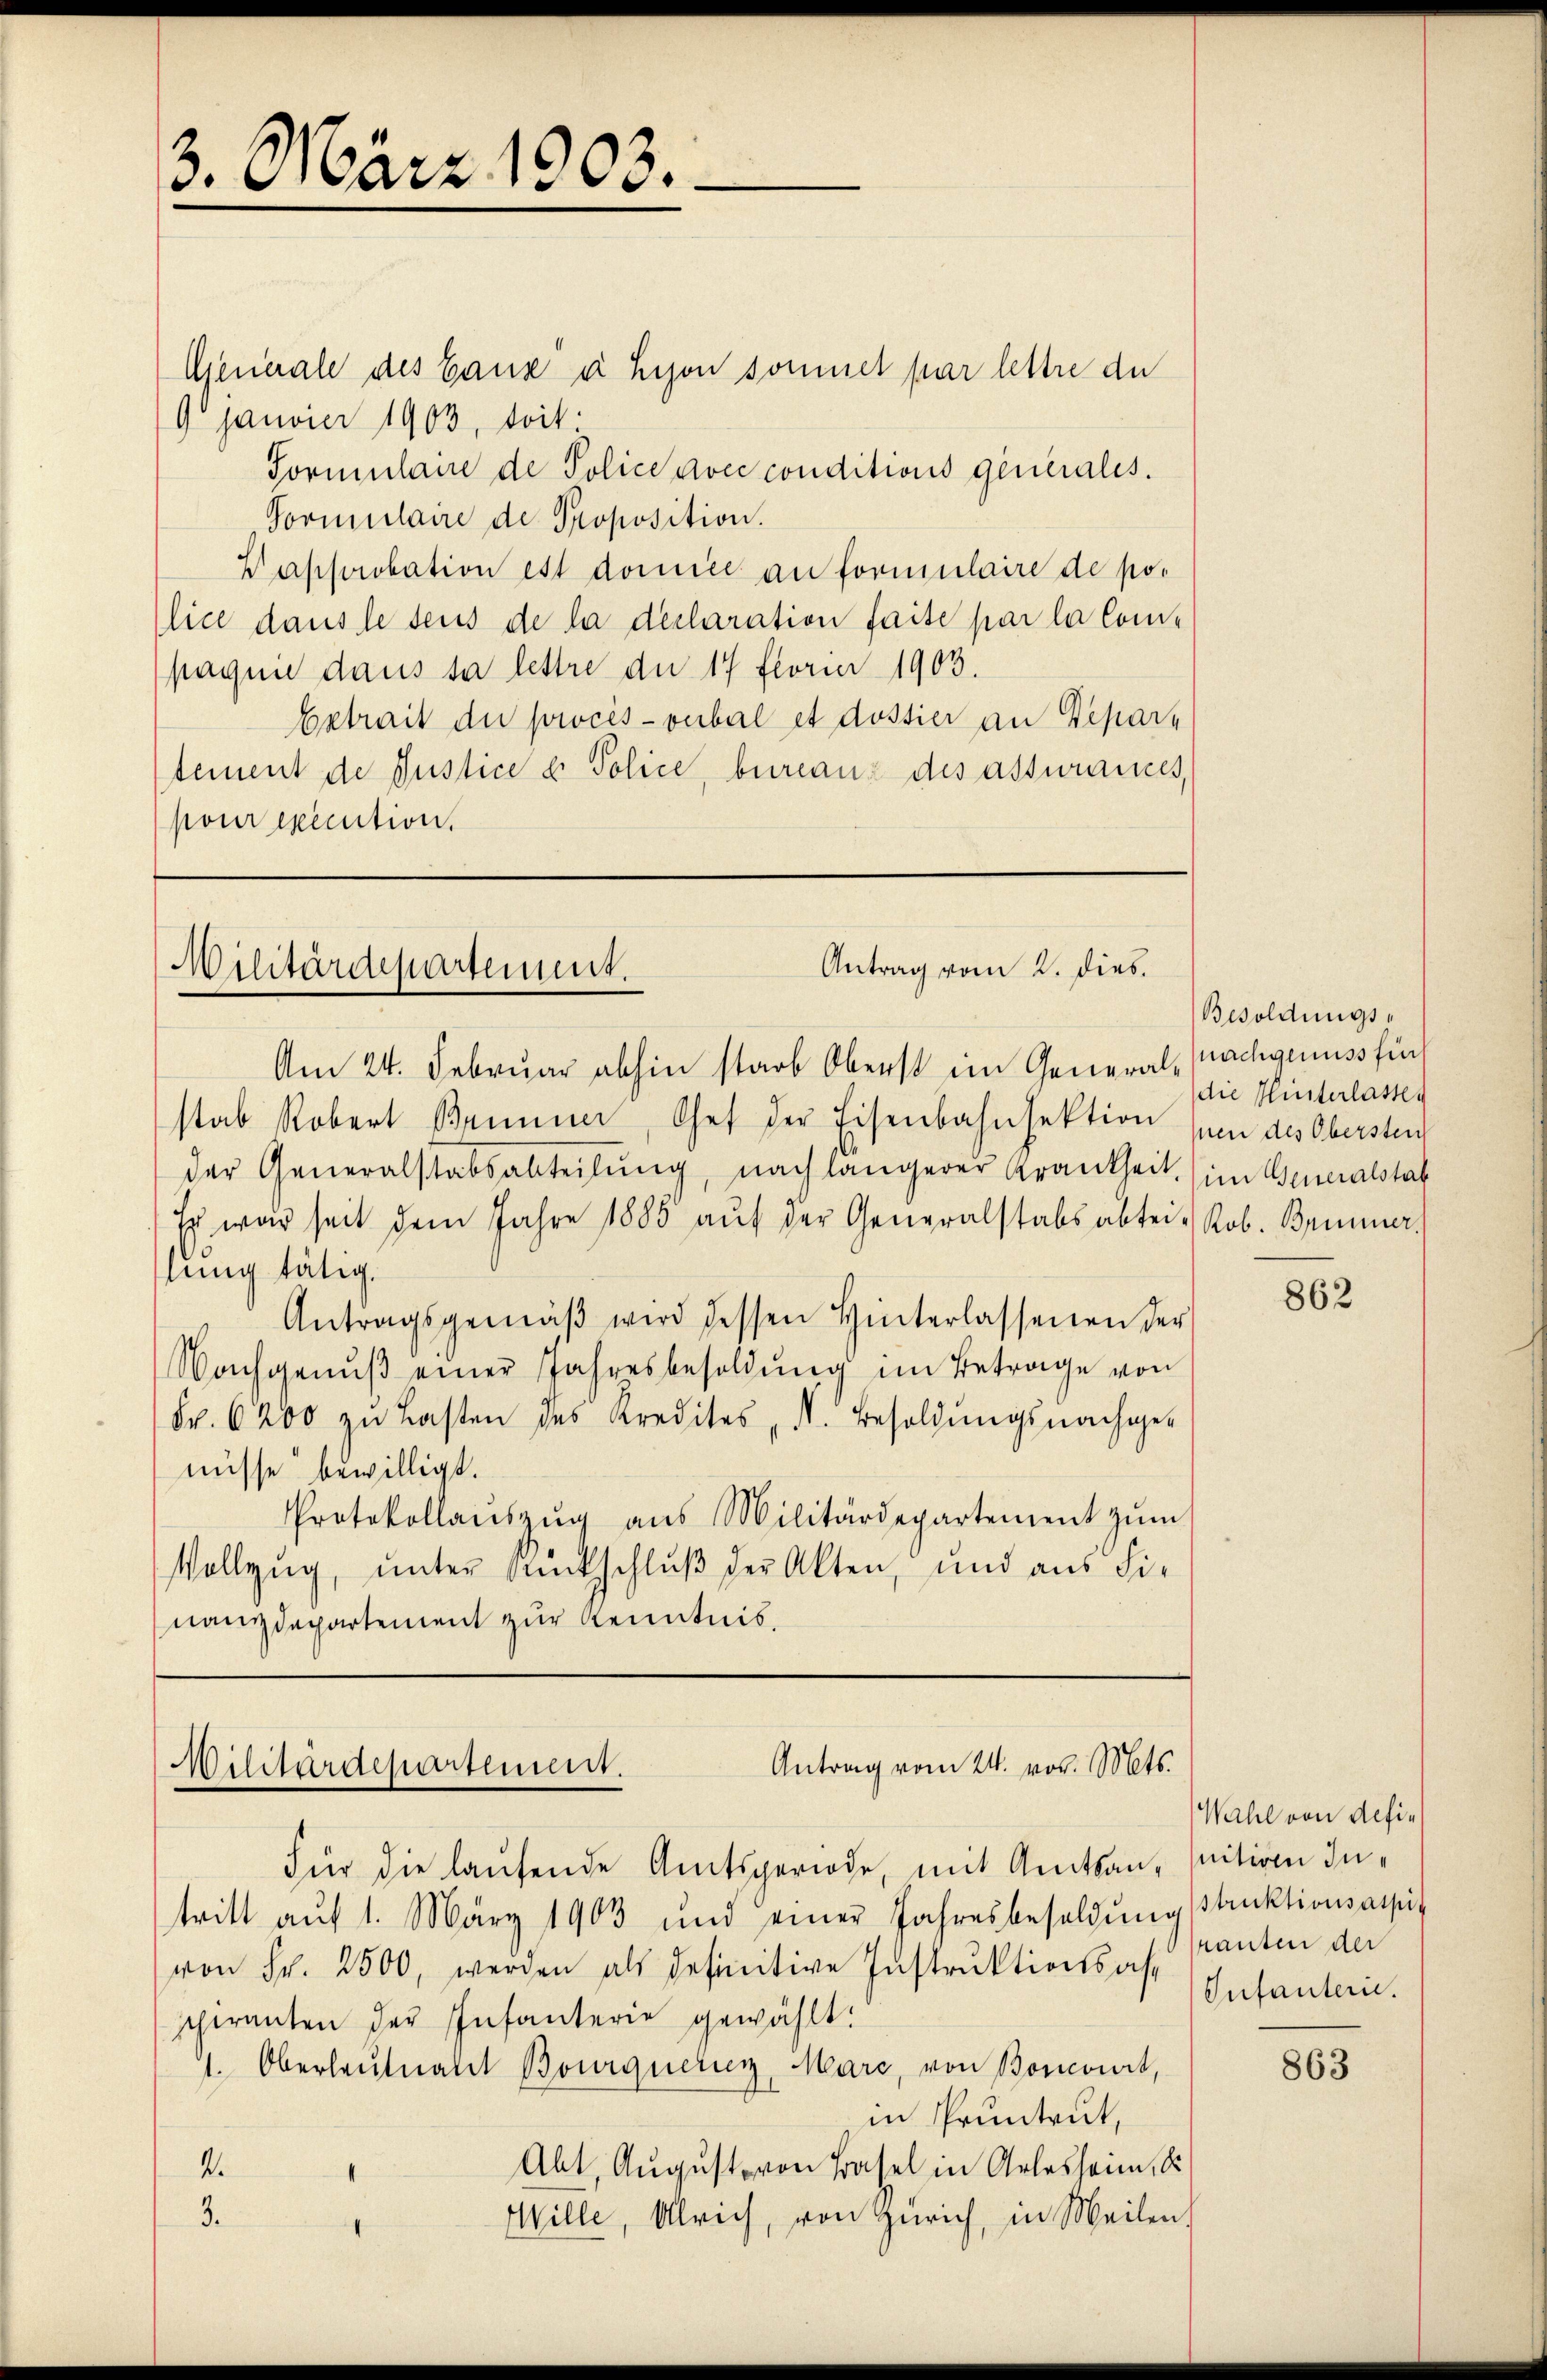
3. März 1903.

Generale des Ganz u Hyon sommel par lettre de
9 Janvier 1903, doit
Formulaire de Police voce conditions generales.
Sormulaire de Proposition.
Papprobation est domice an formulaire de police dans le seis de la declaration faite par la Compagnie dans sa lettre du 17 Florier 1903.
Extrait die procès-verbal et dossier an Departement de Justice u. Police, bureaux des assurances,
pour execution.

Antrag vom 2. dies.
Militärdepartement.

Antrag vom 24. vor. Mts.
Militärdepartement.

Am 24. Februar abhin starb Oberst im General-Machgenuss für
stab Robert Brunner, Chef der Eisenbahnsektion pen des Obersten
der Generalstabsabteilŭng, nach längerer Krankheit im Generalstat
Es war seit dem Jahre 1885 aŭf der Generalstabsabtei Rob. Brünner
lung tätig.
Antragsgemäβ wird dessen Hinterlassenen der
Nachgenŭβ einer Jahresbesoldŭng im Betrage von
Fr. 6200 zu Lasten des Kredites d. Besoldŭngsnachger
nüsse bewilligt.
Protokollaŭszŭg aŭs Militärdepartement zŭm
Vollzug, unter Santschluß der Akten, und aus die
nanzdepartement zur Kenntnis.

Für die laufende Amtsgeriode, mit Amtsan, seitige Intritt aŭf 1. März 1903 und einer Jahresbesoldŭng struktionsanspit
von Fr. 2500, werden als definitive Instruktionsaft
scheranten der Infanterie gewählt:
1. Oberleutnant Bourquerien, Marc, von Boncourt,
in Pruntrut,
Abt. August von Basel in Arlesheim, d
4.
3.
Wille, Ulrich, von Zürich, in Meilen,

Besoldungs-
die Hinterlasse

862

Wahl von defiranten der
Infantern.

863